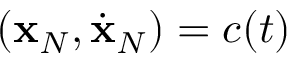
( { \bf x } _ { N } , \dot { \bf x } _ { N } ) = c ( t )